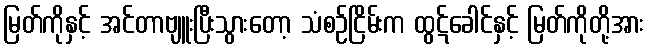
မြတ်ကိုနှင့် အင်တာဗျူးပြီးသွားတော့ သံစဉ်ငြိမ်းက ထွဋ်ခေါင်နှင့် မြတ်ကိုတို့အား